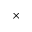
\times